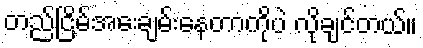
တည်ငြိမ်အေးချမ်းနေတာကိုပဲ လိုချင်တယ်။